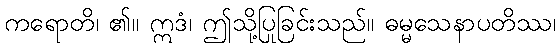
ကရောတိ၊ ၏။ ဣဒံ၊ ဤသို့ပြုခြင်းသည်။ ဓမ္မသေနာပတိဿ၊